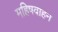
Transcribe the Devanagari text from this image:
महिषवाहन